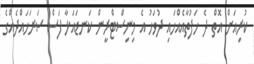
ކުރިއަށް އޮތް ދެ ހަފުތާއެއްހައި ދުވަހު އެ މިނިސްޓްރީން ކަނޑައަޅާ ފަސް ސަރަހައްދެއްގެ